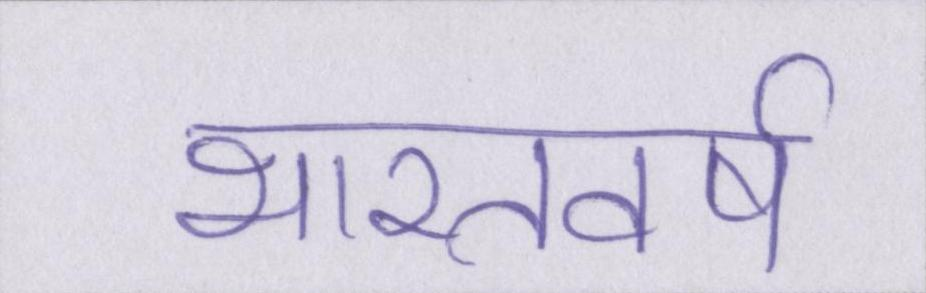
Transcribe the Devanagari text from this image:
भारतवर्ष